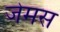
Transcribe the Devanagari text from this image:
जेमस